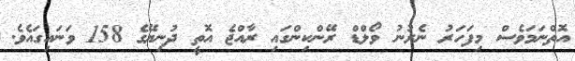
އޮތްނަމަވެސް މިފަހަރު ނެރުނު ވޯލްޑް ރޭންކިންގައި ރާއްޖެ އޮތީ ދުނިޔޭގެ 158 ވަނައިގައެވެ.